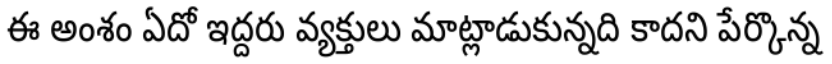
ఈ అంశం ఏదో ఇద్దరు వ్యక్తులు మాట్లాడుకున్నది కాదని పేర్కొన్న